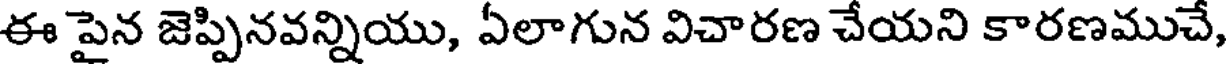
ఈ పైన జెప్పినవన్నియు, ఏలాగున విచారణ చేయని కారణముచే,